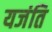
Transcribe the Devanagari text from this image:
यजंति